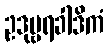
ဥဒုမ္ဗရခါဒိကံ